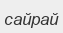
сайрай